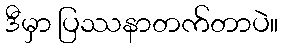
ဒီမှာ ပြဿနာတက်တာပဲ။